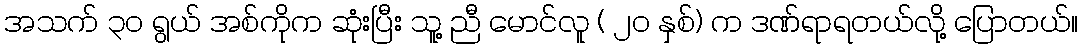
အသက် ၃၀ ရွယ် အစ်ကိုက ဆုံးပြီး သူ့ ညီ မောင်လူ ( ၂၀ နှစ်) က ဒဏ်ရာရတယ်လို့ ပြောတယ်။